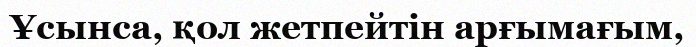
Ұсынса, қол жетпейтін арғымағым,